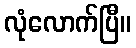
လုံလောက်ပြီ။